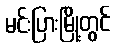
မင်းပြားမြို့တွင်